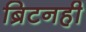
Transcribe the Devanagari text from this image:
ब्रिटनही